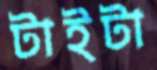
টাইটা